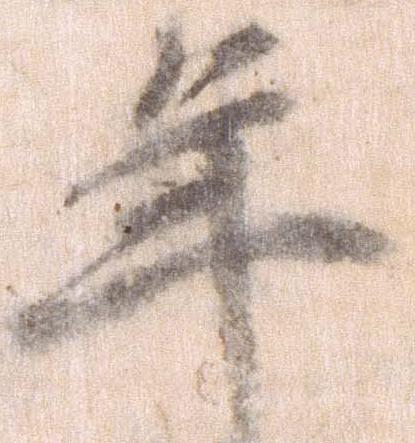
年